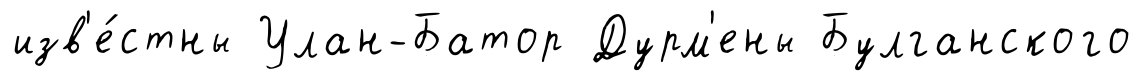
изв'е́стны Улан-Батор Дурм'ены Булганского